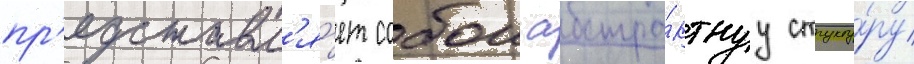
пр'едставл'я́ет собои абстра́ктнуу структу́ру